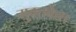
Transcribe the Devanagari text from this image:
मुक्तकेश